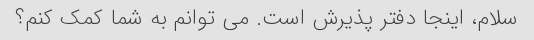
سلام، اینجا دفتر پذیرش است. می توانم به شما کمک کنم؟